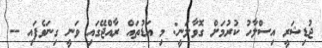
ޖުޑިޝަރީ އިސްލާހު ކުރުމަށް ގޮވާލަނީ: މި އަޑުތައް ރާއްޖޭގައި ވަނީ ގިނަވެފައި --